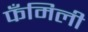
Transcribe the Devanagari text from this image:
फँमिली